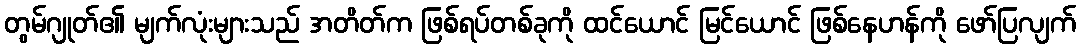
တွမ်ဂျုတ်၏ မျက်လုံးများသည် အတိတ်က ဖြစ်ရပ်တစ်ခုကို ထင်ယောင် မြင်ယောင် ဖြစ်နေဟန်ကို ဖော်ပြလျက်